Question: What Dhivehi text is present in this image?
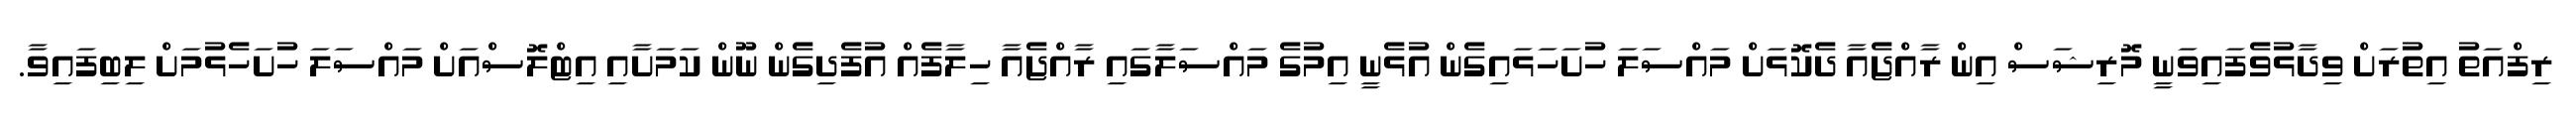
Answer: ރިފްއަތު އިތުރަށް ވިދާޅުވެފައިވަނީ މޮރިޝަސް އިން ރާއްޖެއާ ދެކޮޅަށް މައްސަލަ ހުށަހަޅައިގެން އުޅެނީ އިމުގެ މައްސަލާގައި ރާއްޖެއާ ހިލާފެއް އުފެދިގެން ނޫން ކަމަށާއި އިޓްލޮސްއަށް މައްސަލަ ހުށަހެޅުމަށް ލިބިފައިވާ.